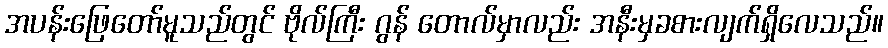
အပန်းဖြေတော်မူသည်တွင် ဗိုလ်ကြီး ဂွန် တောလ်မှာလည်း အနီးမှခစားလျက်ရှိလေသည်။